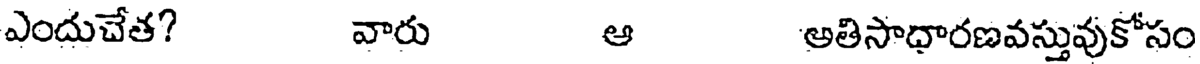
ఎందుచేత? వారు ఆ అతిసాధారణవస్తువుకోసం